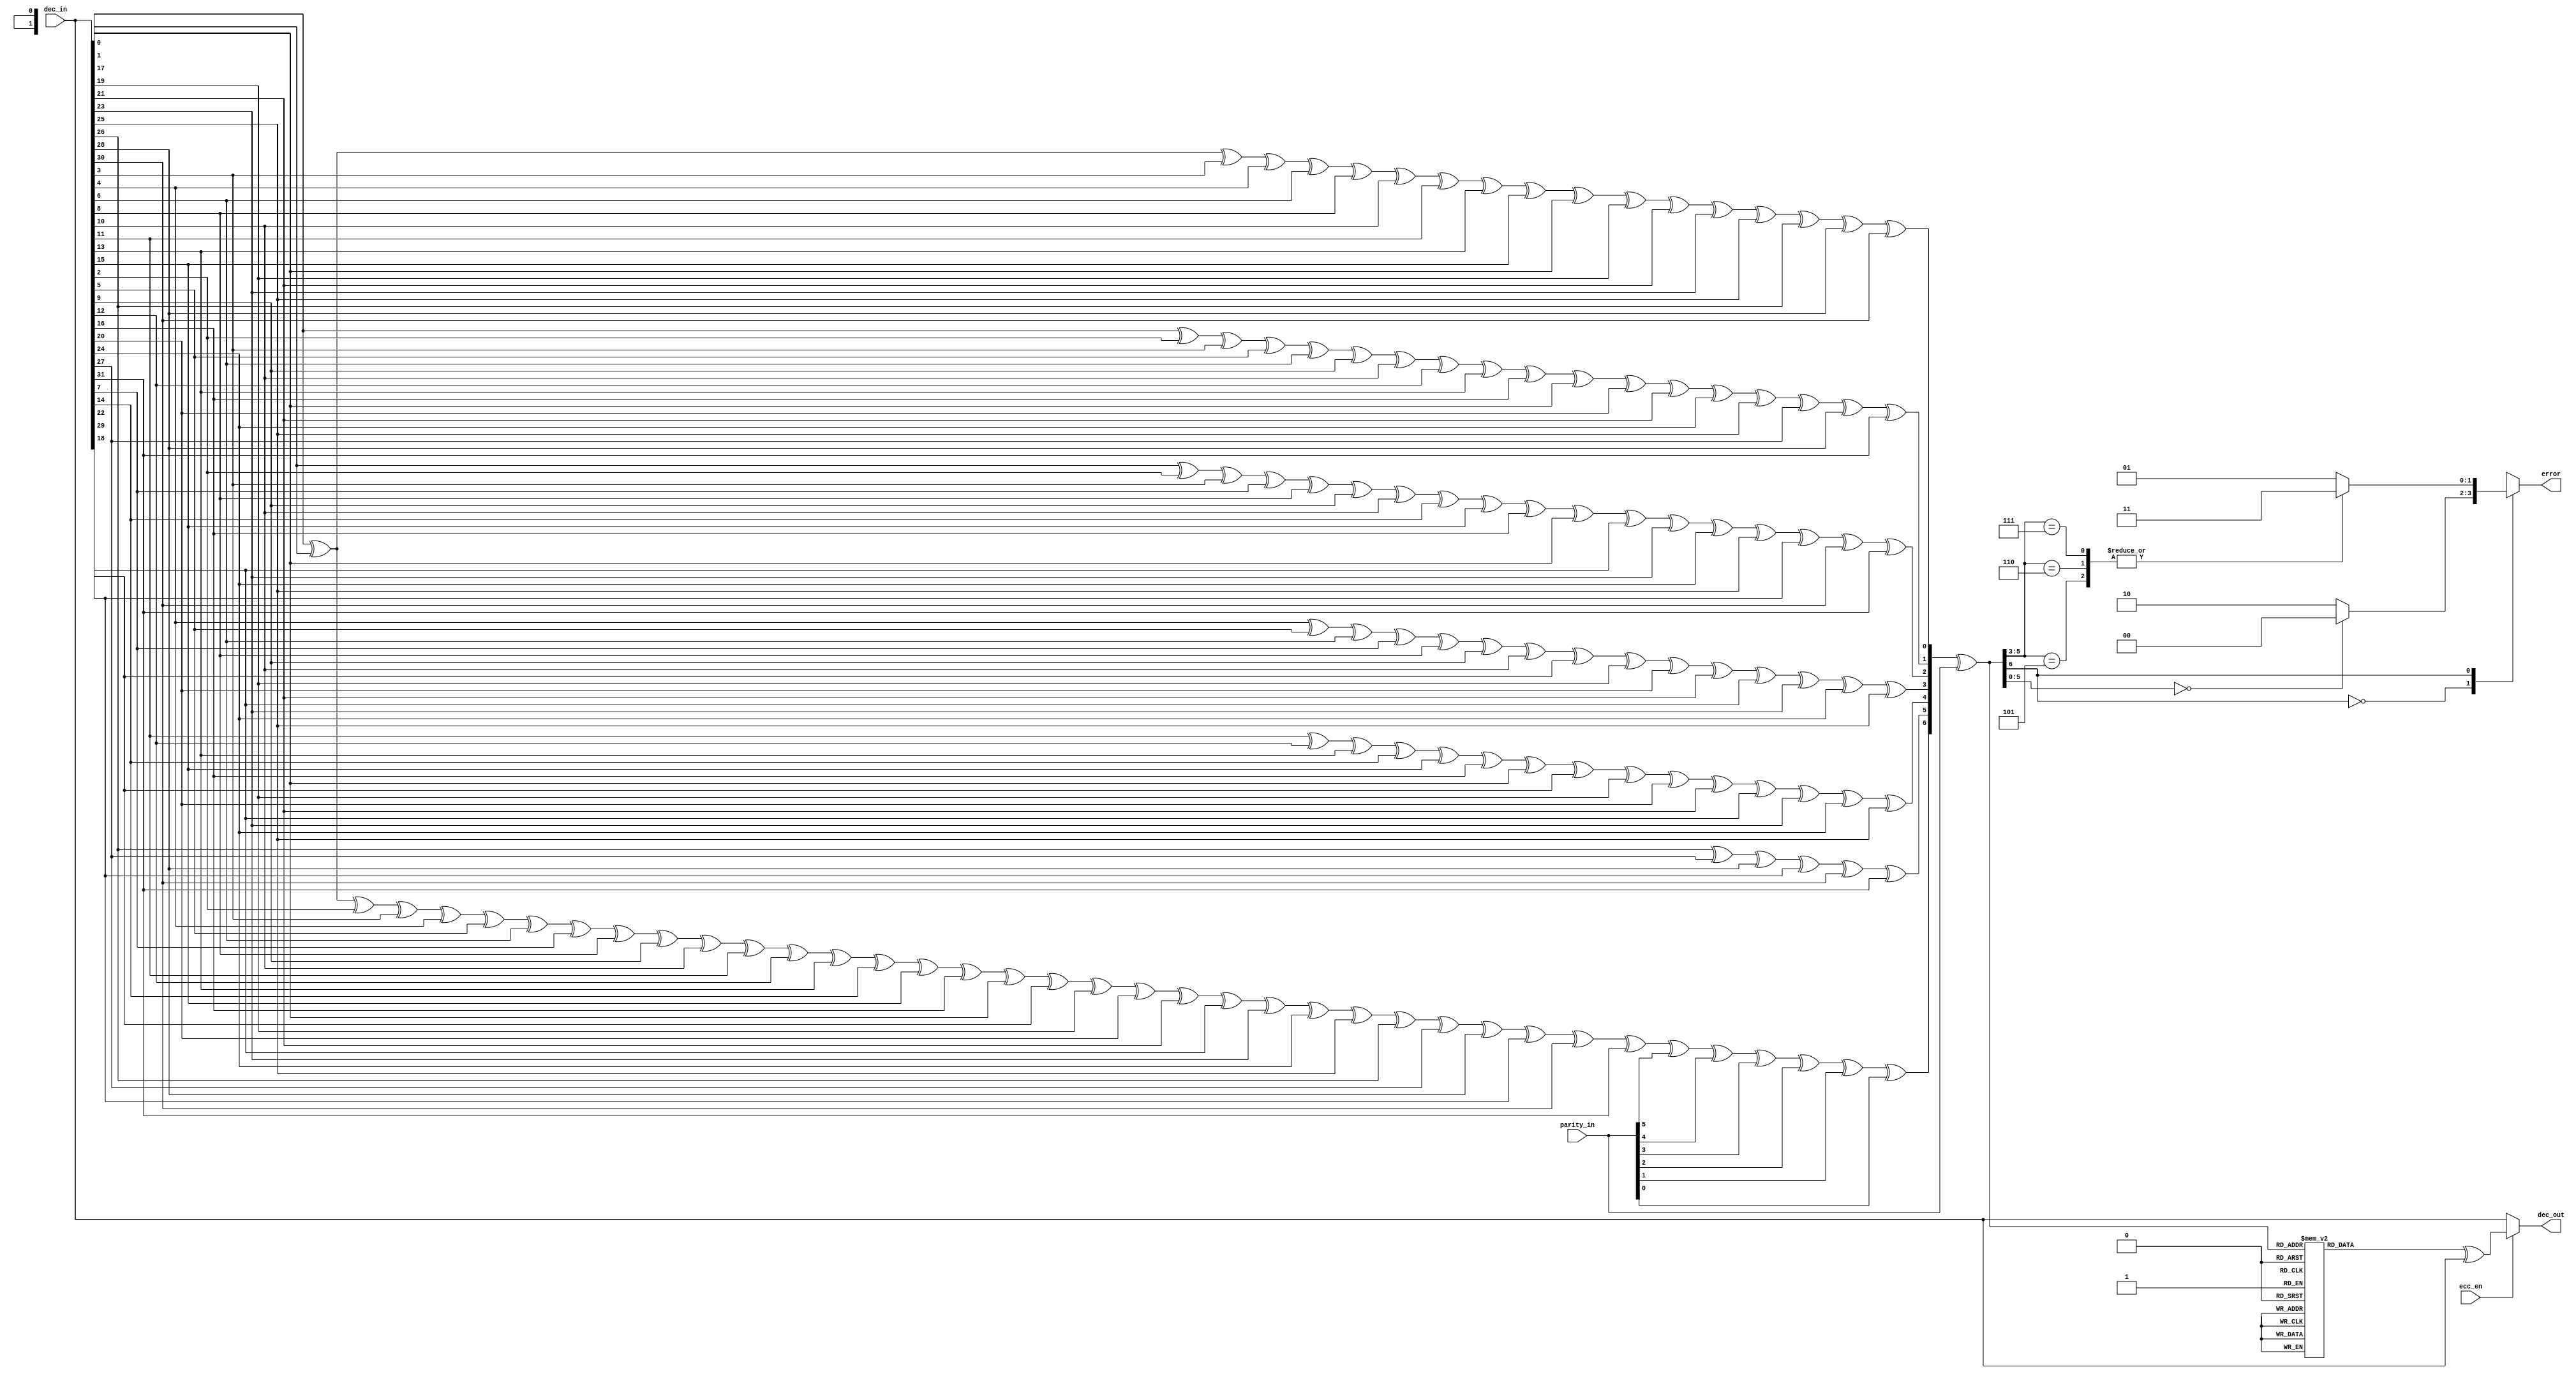
`timescale 1ns / 1ps
//-------------------------------------------------------------------------------------------------------------------
// 	ECC 32/7 Decoder
//	02/19/09	Initial copied from Xilinx xapp645 top_32b_EDC.v
//	02/23/09	Removed FFs + reorganized into ecoder/decoder sections
//	03/02/09	Add enable
//	07/26/10	Port to ise 12
//-------------------------------------------------------------------------------------------------------------------
	module ecc32_decoder (
	dec_in,
	parity_in,
	ecc_en,
	dec_out,
	error
	);

//-------------------------------------------------------------------------------------------------------------------
// Ports
//-------------------------------------------------------------------------------------------------------------------
	input	[31:0]	dec_in;		// Data to decode
	input	[6:0]	parity_in;	// ECC parity for input data
	input			ecc_en;		// Enable error correction
	output	[31:0]	dec_out;	// Error corrected out
	output	[1:0]	error;		// Error syndrome code

//-------------------------------------------------------------------------------------------------------------------
// Decoder
//-------------------------------------------------------------------------------------------------------------------
// Syndrome creation: 7 syndrome bits are created based on the 32-bit data and its associated checkbits
	wire [6:0]	syndrome_chk;
	
	assign syndrome_chk[0] = dec_in[0]  ^ dec_in[1]  ^ dec_in[3]  ^ dec_in[4]  ^ dec_in[6]  ^ dec_in[8]  ^ dec_in[10] ^ dec_in[11] ^ dec_in[13] ^ dec_in[15] ^ dec_in[17] ^ dec_in[19] ^ dec_in[21] ^ dec_in[23] ^ dec_in[25] ^ dec_in[26] ^ dec_in[28] ^ dec_in[30];
	assign syndrome_chk[1] = dec_in[0]  ^ dec_in[2]  ^ dec_in[3]  ^ dec_in[5]  ^ dec_in[6]  ^ dec_in[9]  ^ dec_in[10] ^ dec_in[12] ^ dec_in[13] ^ dec_in[16] ^ dec_in[17] ^ dec_in[20] ^ dec_in[21] ^ dec_in[24] ^ dec_in[25] ^ dec_in[27] ^ dec_in[28] ^ dec_in[31];
	assign syndrome_chk[2] = dec_in[1]  ^ dec_in[2]  ^ dec_in[3]  ^ dec_in[7]  ^ dec_in[8]  ^ dec_in[9]  ^ dec_in[10] ^ dec_in[14] ^ dec_in[15] ^ dec_in[16] ^ dec_in[17] ^ dec_in[22] ^ dec_in[23] ^ dec_in[24] ^ dec_in[25] ^ dec_in[29] ^ dec_in[30] ^ dec_in[31];
	assign syndrome_chk[3] = dec_in[4]  ^ dec_in[5]  ^ dec_in[6]  ^ dec_in[7]  ^ dec_in[8]  ^ dec_in[9]  ^ dec_in[10] ^ dec_in[18] ^ dec_in[19] ^ dec_in[20] ^ dec_in[21] ^ dec_in[22] ^ dec_in[23] ^ dec_in[24] ^ dec_in[25];
	assign syndrome_chk[4] = dec_in[11] ^ dec_in[12] ^ dec_in[13] ^ dec_in[14] ^ dec_in[15] ^ dec_in[16] ^ dec_in[17] ^ dec_in[18] ^ dec_in[19] ^ dec_in[20] ^ dec_in[21] ^ dec_in[22] ^ dec_in[23] ^ dec_in[24] ^ dec_in[25];
	assign syndrome_chk[5] = dec_in[26] ^ dec_in[27] ^ dec_in[28] ^ dec_in[29] ^ dec_in[30] ^ dec_in[31];
	assign syndrome_chk[6] = 
	dec_in[0]  ^ dec_in[1]  ^ dec_in[2]  ^ dec_in[3]  ^ dec_in[4]  ^ dec_in[5]  ^ dec_in[6]  ^ dec_in[7]  ^ 
	dec_in[8]  ^ dec_in[9]  ^ dec_in[10] ^ dec_in[11] ^ dec_in[12] ^ dec_in[13] ^ dec_in[14] ^ dec_in[15] ^
	dec_in[16] ^ dec_in[17] ^ dec_in[18] ^ dec_in[19] ^ dec_in[20] ^ dec_in[21] ^ dec_in[22] ^ dec_in[23] ^
	dec_in[24] ^ dec_in[25] ^ dec_in[26] ^ dec_in[27] ^ dec_in[28] ^ dec_in[29] ^ dec_in[30] ^ dec_in[31] ^
	parity_in[5] ^ parity_in[4] ^ parity_in[3] ^ parity_in[2] ^ parity_in[1] ^ parity_in[0];

// Error correction mask
	reg  [31:0]	mask;
	wire [6:0]	syndrome;

	assign syndrome = syndrome_chk ^ parity_in;

	always @* begin: correction_mask
	case (syndrome)
	7'b1000011:	mask <= 32'h00000001;// 0
	7'b1000101:	mask <= 32'h00000002;// 1
	7'b1000110:	mask <= 32'h00000004;// 2
	7'b1000111:	mask <= 32'h00000008;// 3
	7'b1001001:	mask <= 32'h00000010;// 4
	7'b1001010:	mask <= 32'h00000020;// 5
	7'b1001011:	mask <= 32'h00000040;// 6
	7'b1001100:	mask <= 32'h00000080;// 7
	7'b1001101:	mask <= 32'h00000100;// 8
	7'b1001110:	mask <= 32'h00000200;// 9
	7'b1001111:	mask <= 32'h00000400;// 10
	7'b1010001:	mask <= 32'h00000800;// 11
	7'b1010010:	mask <= 32'h00001000;// 12
	7'b1010011:	mask <= 32'h00002000;// 13
	7'b1010100:	mask <= 32'h00004000;// 14
	7'b1010101:	mask <= 32'h00008000;// 15
	7'b1010110:	mask <= 32'h00010000;// 16
	7'b1010111:	mask <= 32'h00020000;// 17
	7'b1011000:	mask <= 32'h00040000;// 18
	7'b1011001:	mask <= 32'h00080000;// 19
	7'b1011010:	mask <= 32'h00100000;// 20
	7'b1011011:	mask <= 32'h00200000;// 21
	7'b1011100:	mask <= 32'h00400000;// 22
	7'b1011101:	mask <= 32'h00800000;// 23
	7'b1011110:	mask <= 32'h01000000;// 24
	7'b1011111:	mask <= 32'h02000000;// 25
	7'b1100001:	mask <= 32'h04000000;// 26
	7'b1100010:	mask <= 32'h08000000;// 27
	7'b1100011:	mask <= 32'h10000000;// 28
	7'b1100100:	mask <= 32'h20000000;// 29
	7'b1100101:	mask <= 32'h40000000;// 30
	7'b1100110:	mask <= 32'h80000000;// 31
	default:	mask <= 32'h00000000;
	endcase
	end

// Corrected output
	assign dec_out = (ecc_en) ? (mask ^ dec_in) : dec_in;

//-------------------------------------------------------------------------------------------------------------------
// Decoder syndrom error code
//-------------------------------------------------------------------------------------------------------------------
// 00 = no error/data corrected
// 01 = single bit error
// 10 = double bit error
// 11 = single check-bit error
//-------------------------------------------------------------------------------------------------------------------
	reg	 [1:0]	error;

	always @* begin: error_status
	case (syndrome[6])
	1'b0:begin
		case (syndrome[5:0])
		6'b000000:	error <= 2'b00;// no error 
		default:	error <= 2'b10;// double error
		endcase 
		end
	1'b1:begin 	// detect multiple errors errors in rows101, 110 and 111 are not valid single error
		case (syndrome[5:3])
		3'b101:		error <= 2'b11;
		3'b110:		error <= 2'b11;
		3'b111:		error <= 2'b11;
		default:	error <= 2'b01;// single error
		endcase 
		end
	default:		error <= 2'b11;
	endcase 
	end

//-------------------------------------------------------------------------------------------------------------------
	endmodule
//-------------------------------------------------------------------------------------------------------------------